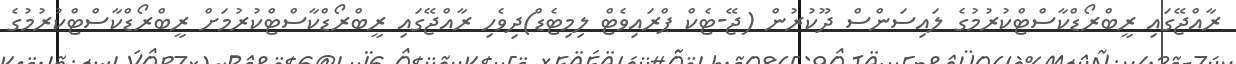
ރާއްޖޭގައި ރީބްރޯޑްކާސްޓްކުރުމުގެ ލައިސަންސް ދޫކުރުން (ޖޭ-ޓެކް ޕްރައިވެޓް ލިމިޓެޑް)ދިވެހި ރާއްޖޭގައި ރީބްރޯޑްކާސްޓްކުރުމަށް ރީބްރޯޑްކާސްޓްކުރުމުގެ